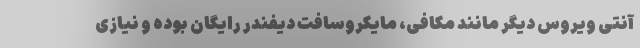
آنتی ویروس دیگر مانند مکافی، مایکروسافت دیفندر رایگان بوده و نیازی